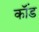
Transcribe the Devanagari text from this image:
कॉंड